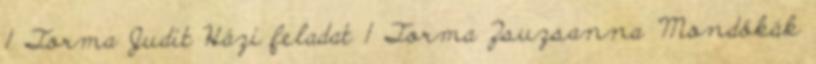
1 Torma Judit Házi feladat 1 Torma Zsuzsanna "Mondókák